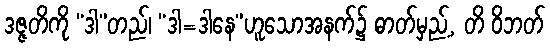
ဒဇ္ဇတိကို “ဒါ”တည်၊ “ဒါ=ဒါနေ”ဟူသောအနက်၌ ဓာတ်မှည့်, တိ ဝိဘတ်